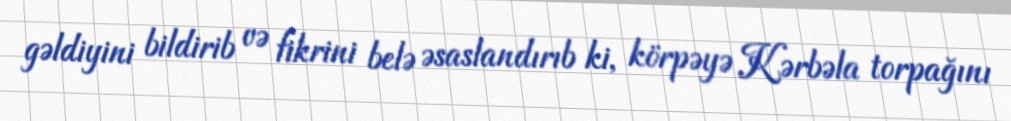
gəldiyini bildirib və fikrini belə əsaslandırıb ki, körpəyə Kərbəla torpağını